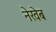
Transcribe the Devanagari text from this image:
नेखेब